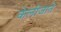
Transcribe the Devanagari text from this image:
केलीजाते